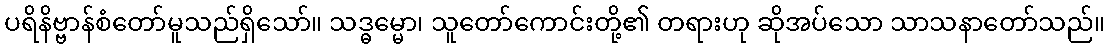
ပရိနိဗ္ဗာန်စံတော်မူသည်ရှိသော်။ သဒ္ဓမ္မော၊ သူတော်ကောင်းတို့၏ တရားဟု ဆိုအပ်သော သာသနာတော်သည်။